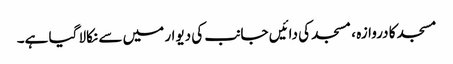
مسجد کا دروازہ ، مسجد کی دائیں جانب کی دیوار میں سے نکالا گیا ہے۔